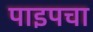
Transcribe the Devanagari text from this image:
पाइपचा